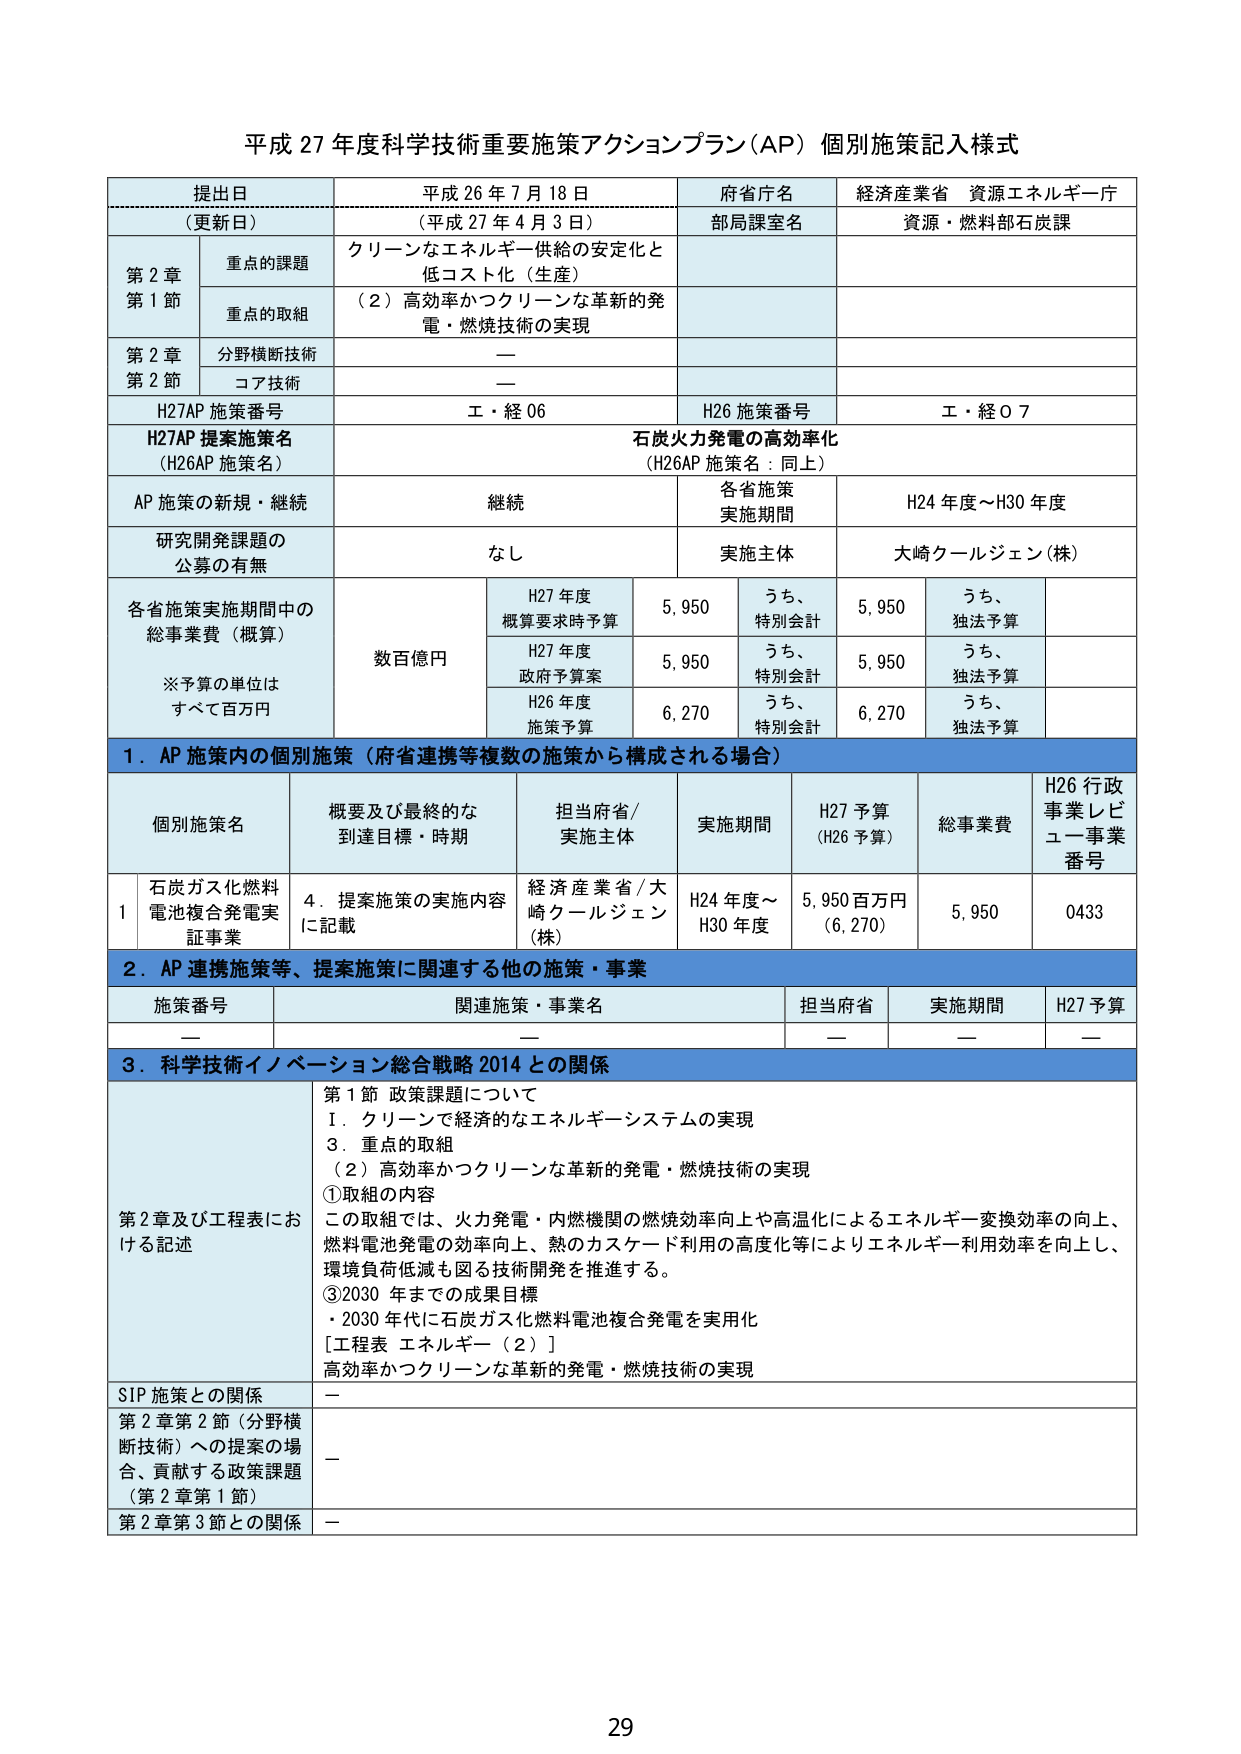
平成 27 年度科学技術重要施策アクションプラン（AP）個別施策記入様式

提出日
（更新日）
平成 26 年 7 月 18 日
（平成 27 年 4 月 3 日）

府省庁名
経済産業省 資源エネルギー庁

部局課室名
資源・燃料部石炭課

第 2 章
第 1 節
重点の課題
クリーンなエネルギー供給の安定化と
低コスト化（生産）

重点の取組
（2）高効率かつクリーンな革新的発
電・燃焼技術の実現

第 2 章
第 2 節
分野横断技術
—

コア技術
—

H27AP 施策番号
工・経 06

H26 施策番号
工・経 0 7

H27AP 提案施策名
（H26AP 施策名）
石炭火力発電の高効率化
（H26AP 施策名：同上）

AP 施策の新規・継続
継続

各省施策
実施期間
H24 年度～H30 年度

研究開発課題の
公募の有無
なし

実施主体
大崎ケールジェン（株）

各省施策実施期間中の
総事業費（概算）
※予算の単位は
すべて百万円
数百億円

H27 年度
概算要求時予算
5,950
うち、
特別会計
5,950
うち、
独法予算

H27 年度
政府予算案
5,950
うち、
特別会計
5,950
うち、
独法予算

H26 年度
施策予算
6,270
うち、
特別会計
6,270
うち、
独法予算

1．AP 施策内の個別施策（府省連携等複数の施策から構成される場合）

個別施策名
概要及び最終的な
到達目標・時期
担当府省/
実施主体
実施期間
H27 予算
（H26 予算）
総事業費
H26 行政
事業レビュー事業
番号

1
石炭ガス化燃料
電池複合発電実
証事業
4．提案施策の実施内容
に記載
経済産業省/大
崎ケールジェン
（株）
H24 年度～
H30 年度
5,950 百万円
（6,270）
5,950
0433

2．AP 連携施策等、提案施策に関連する他の施策・事業

施策番号
関連施策・事業名
担当府省
実施期間
H27 予算

—
—
—
—
—

3．科学技術イノベーション総合戦略 2014 との関係

第 2 章及び工程表にお
ける記述
第 1 節 政策課題について
Ⅰ．クリーンで経済的なエネルギーシステムの実現
3．重点の取組
（2）高効率かつクリーンな革新的発電・燃焼技術の実現
①取組の内容
この取組では、火力発電・内燃機関の燃焼効率向上や高温化によるエネルギー変換効率の向上、
燃料電池発電の効率向上、熱のカスケード利用の高度化等によりエネルギー利用効率を向上し、
環境負荷低減も図る技術開発を推進する。
③2030 年までの成果目標
・2030 年代に石炭ガス化燃料電池複合発電を実用化
[工程表 エネルギー（2）]
高効率かつクリーンな革新的発電・燃焼技術の実現

SIP 施策との関係
—

第 2 章第 2 節（分野横
断技術）への提案の場
合、貢献する政策課題
（第 2 章第 1 節）
—

第 2 章第 3 節との関係
—

29